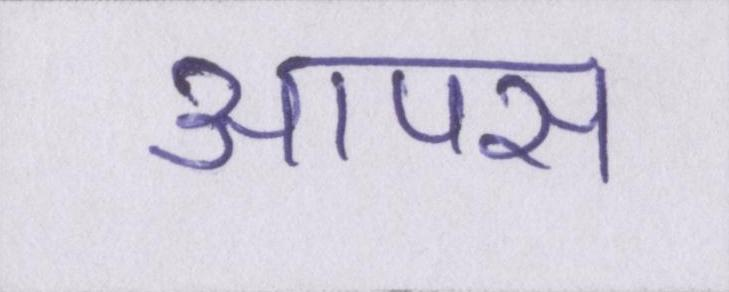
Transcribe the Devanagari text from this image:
आपस